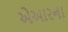
એઆરના